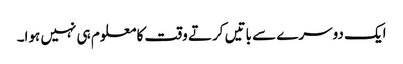
ایک دوسرے سے باتیں کرتے وقت کا معلوم ہی نہیں ہوا۔